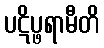
ပဋိပ္ဖရာမီတိ